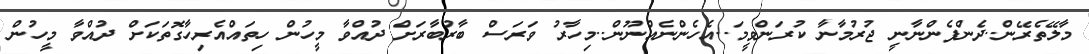
މާލޭތެރޭން..ދެންފެންނާނީ ޖުރުމާނާ ކުރަންވީމަ..އެހެންނެއްނޫން..މިހާރު ވަރަސް ބާރުބާރަށް ދުއްވާ މީހުން ހިތައްއެރިހާގޮތަކަށް ދުއްވާ މީހުން